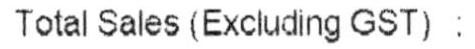
TOTAL SALES (EXCLUDING GST) :